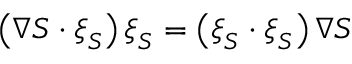
\left( \nabla { S } \cdot \boldsymbol { \xi } _ { S } \right) \boldsymbol { \xi } _ { S } = \left( \boldsymbol { \xi } _ { S } \cdot \boldsymbol { \xi } _ { S } \right) \nabla { S }